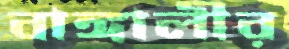
বাঙ্গালীর